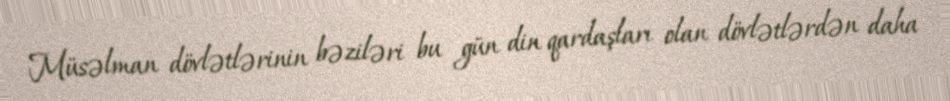
Müsəlman dövlətlərinin bəziləri bu gün din qardaşları olan dövlətlərdən daha